Civil Veterinary Department Bihar & Orissa reports 1929-36 - 1929-1936
Year: 1929
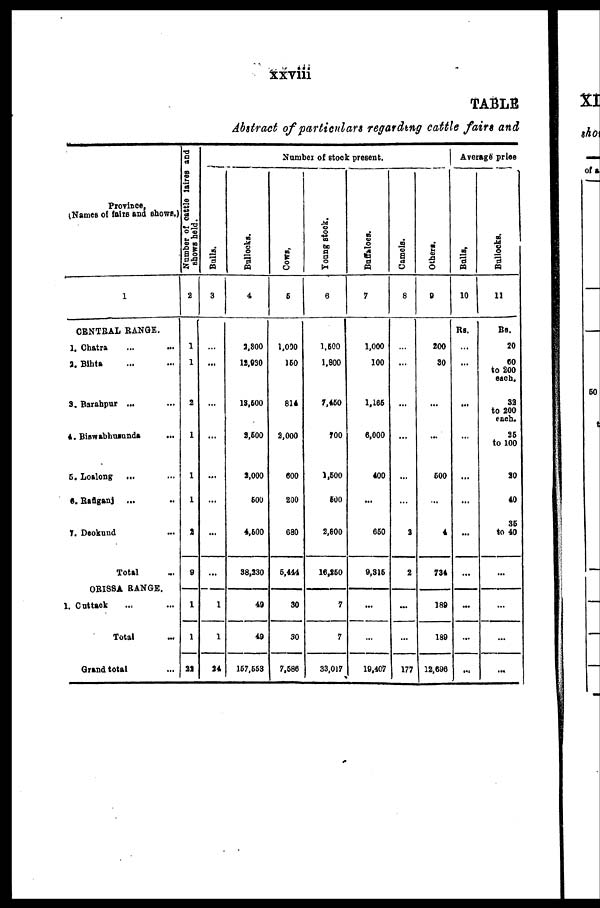
xxviii
TABLE
Abstract of particulars regarding cattle fairs and
Province,
(Names of fairs and shows.)
1
CENTRAL RANGE.
1. Chatra ... ...
2. Bihta ... ...
3. Barahpur ... ...
4. Biswabhusunda ...
5. Loalong ... ...
6. Rafiganj ... ...
7. Deokund ...
Total...
ORISSA RANGE.
1. Cuttack ... ...
Total ...
Grand total ...
Number of cattle faires and
shows held.
2
1
1
2
1
1
1
2
9
1
...
22
Number of stock present.
Bulls.
3
...
...
...
...
...
...
...
...
1
1
24
Bullocks.
4
2,800
18,030
13,500
8,600
2,000
600
4,600
38,230
49
49
167,563
Cows,
5
1,000
160
814
2,000
600
200
680
5,444
30
30
7,686
Young stock.
6
1.600
1,800
7,460
700
1,600
600
2,800
16,860
7
7
33,017
Buffaloes.
7
1,000
100
1.166
6,000
400
...
660
9,316
...
...
19,407
Camels.
8
...
...
...
...
...
...
2
2
...
...
177
Others.
9
200
30
...
...
600
...
4
734
189
189
12,696
Average price
Bulls,
10
Rs.
...
...
...
...
...
...
...
...
...
...
...
Bullocks.
11
Rs.
20
60
to 200
each.
32
to 200
each.
26
to 100
20
40
35
to 40
...
...
...